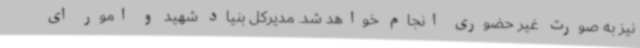
نیز به صورت غیر حضوری انجام خواهد شد. مدیرکل بنیاد شهید و امور ای